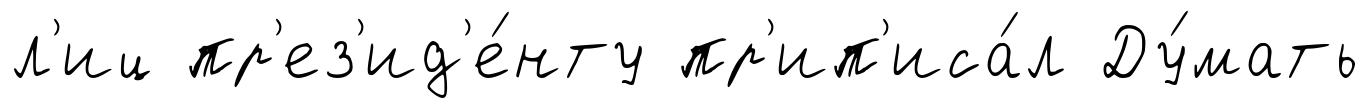
л'иц пр'ез'ид'е́нту пр'ип'иса́л Ду́мать